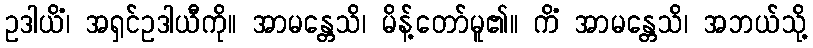
ဥဒါယိံ၊ အရှင်ဥဒါယီကို။ အာမန္တေသိ၊ မိန့်တော်မူ၏။ ကိံ အာမန္တေသိ၊ အဘယ်သို့